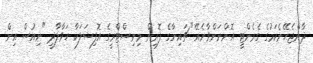
ދާންޖެހޭނެކަމުގެ ގެރެންޓީ އޮންނަންވާނެއޭ" ޗައިނާގެ ފޮރިން މިނިސްޓްރީގެ އޮފިޝަލަކާ ހަވާލާދީ "ނިއުސް އިން